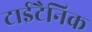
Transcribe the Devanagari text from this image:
टाईटैनिक